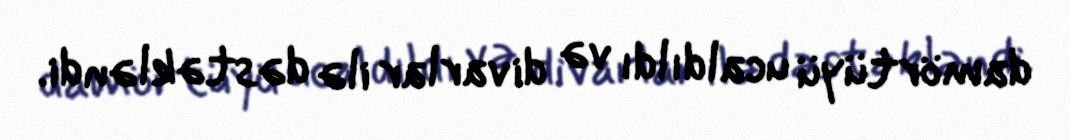
damörtüyü ucaldıldı və divarlar ilə dəstəkləndi.